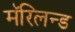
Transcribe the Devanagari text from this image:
मॅरिलन्ड